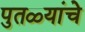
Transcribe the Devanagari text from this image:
पुतळ्यांचे